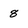
Character: 8